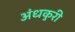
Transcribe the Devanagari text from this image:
अंधकुरी